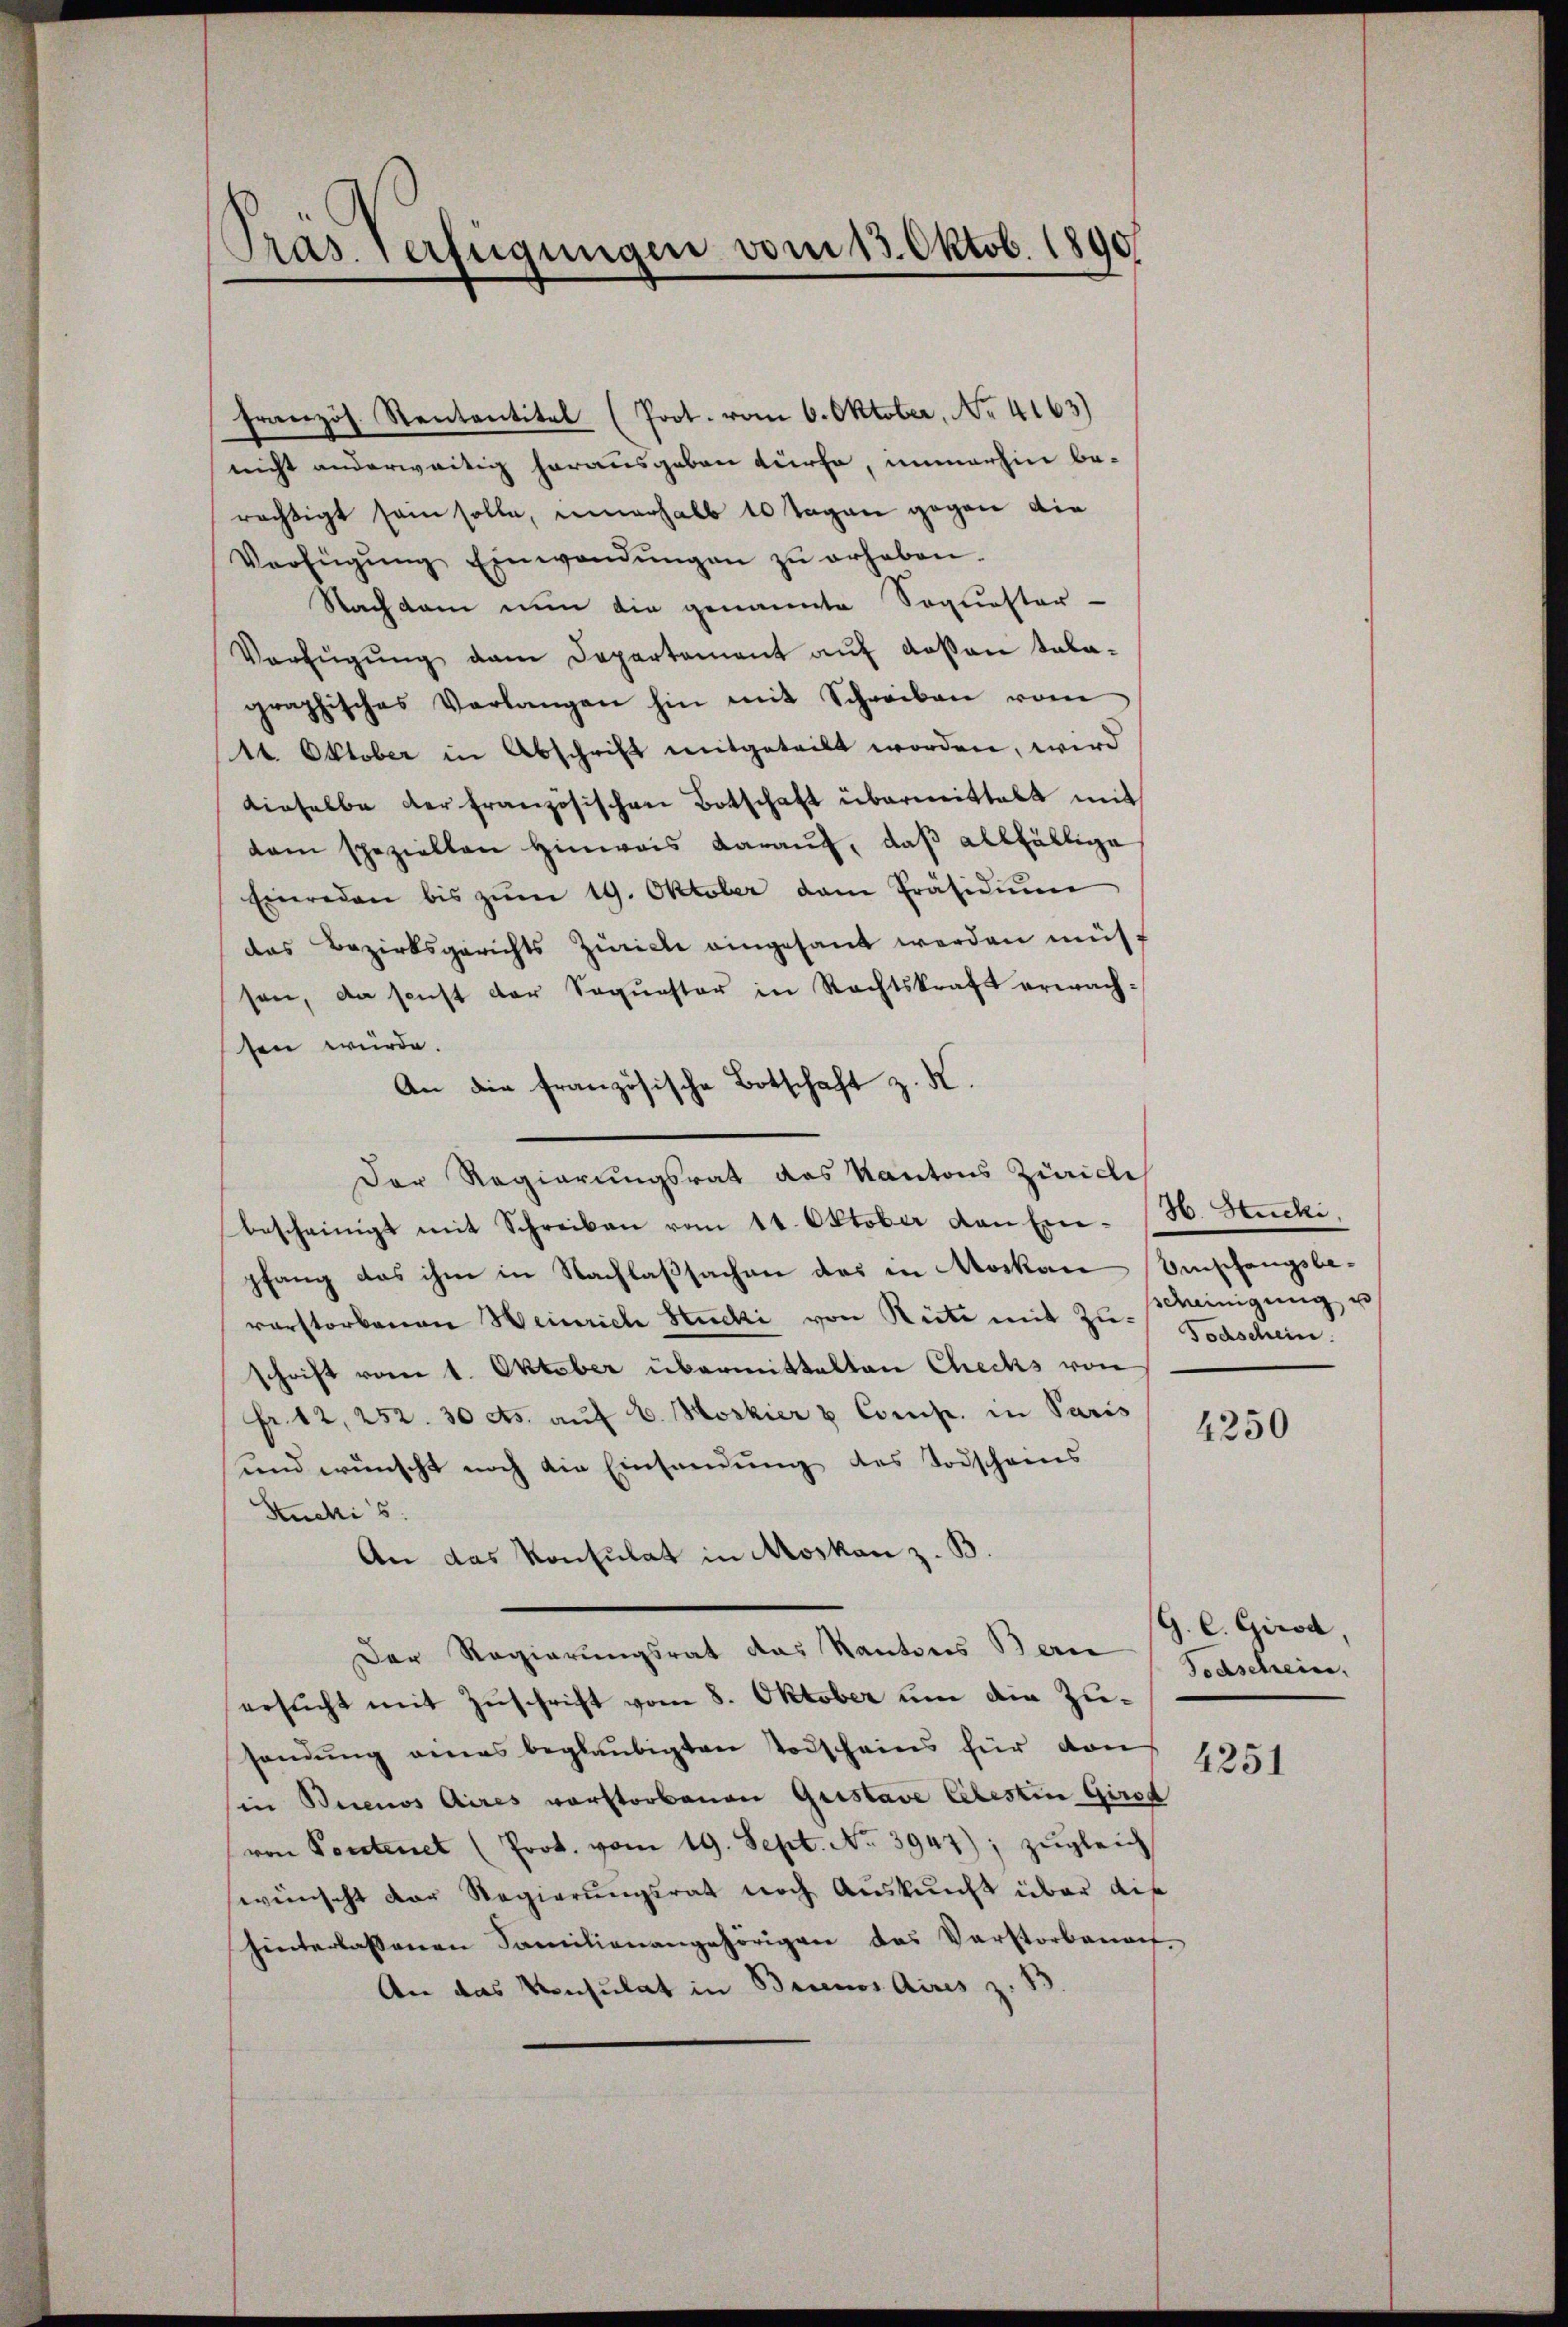
Pras. Verfügungen vom 13. Oktob. 1890

französ. Rententitel (Prot. vom 6. Oktober, No 4163)
nicht anderweitig herausgeben dürfe, immerhin be-
rächtigt sein solle, innerhalb 10 Tagen gegen die
Verfügŭng Einwendŭngen zŭ erhaben.
Nachdem nun die genannte Soquester-
Verfŭgŭng dem Departement aŭf dassen tala-
graphisches Verlangen hin mit Schreiben vom
14 Oktober in Abschrift mitgeteilt worden, wird
dieselbe der französischen Botschaft übermittelt mit
tam speziellen hinweis daraŭf, daβ allfällige
Einreden bis zŭm 19. Oktober dem Präsidiŭm
das Bezirksgerichts Zürich eingesant werden müst
sen, da sonst der Sequester in Rechtskraft erwachsen würde.
An die französische Botschaft z. K.
Der Regierungsrat des Kantons Zürich
bescheinigt mit Schreiben vom 11. Oktober den Enpfang das ihm in Nachlaßsachen das in Nocken Umschangsbevorstorbenen Heinrich Stucki von Riete mit Zuschrift vom 1. Oktober übermittelten Checks von
fr. 12, 252. 30 cts. aŭf E. Hoskier & Comp. in Paris
und wünscht noch die Einsendung des Todscheins
Stucki's:
An das Konsulat in Moskau z. B.
Der Regierungsrat das Kantons Berne
ersucht mit Zuschrift vom 8. Oktober um die Zuhandŭng eines beglaubigten Todscheins für von
in Buenos Aires verstorbenen Gustave Celestin Girod
von Pontenet (Prok. vom 19. Sept. No. 3947); zŭgleich
wünscht der Regierungsrat noch Auskunft über dis
hinterlassenen Familienangehörigen das Verstorbenach
An das Konsulat in Brinos Aires z. B.

H. Stucki,
deeinigung u
Todschein.

4250

G. C. Girod,
Todschein.

4251